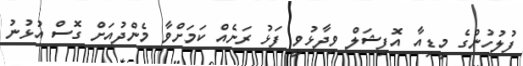
ފުލުހުންގެ މީޑިއާ އޮފިޝަލް ވިދާޅުވީ ފަޅު ރަށެއް ކަމަށްވާ މެންދުއަށް ގޮސް އުޅުނު